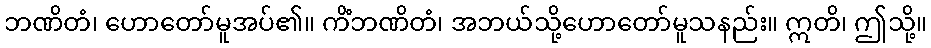
ဘဏိတံ၊ ဟောတော်မူအပ်၏။ ကိံဘဏိတံ၊ အဘယ်သို့ဟောတော်မူသနည်း။ ဣတိ၊ ဤသို့။